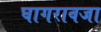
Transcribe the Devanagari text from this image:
घागरावजा